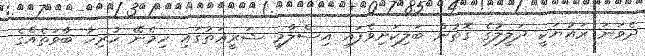
ދެވަނަ ރައުޔަކީ ދަލީލުގެ ގޮތުން ބަލިކަށިވެފައި އިސްލާމީ ޝަރީޢަތުގައި ހިމެނޭ ހުރިހާ ބާވަތެއްގެ